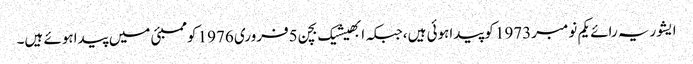
ایشوریہ رائے یکم نومبر1973 کوپیداہوئی ہیں،جبکہ ابھیشیک بچن 5فروری 1976 کوممبئی میں پیداہوئے ہیں۔